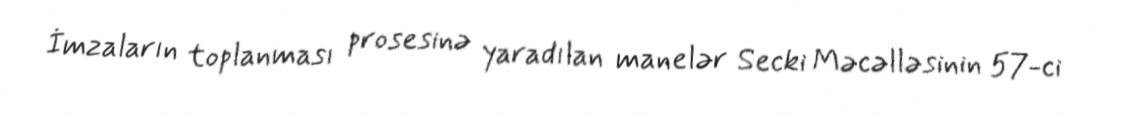
İmzaların toplanması prosesinə yaradılan manelər Secki Məcəlləsinin 57-ci